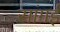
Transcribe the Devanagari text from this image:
सांगई